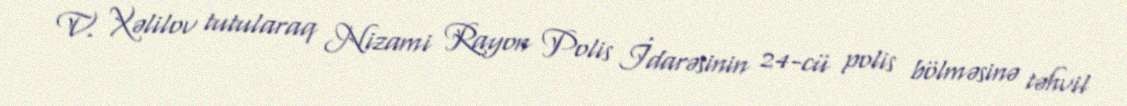
V. Xəlilov tutularaq Nizami Rayon Polis İdarəsinin 24-cü polis bölməsinə təhvil